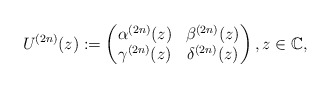
\begin{align*} U^{(2n)}(z):= \begin{pmatrix} \alpha^{(2n)}(z) & \beta^{(2n)}(z)\\ \gamma^{(2n)} (z)& \delta^{(2n)}(z) \end{pmatrix},z\in {\mathbb C}, \end{align*}